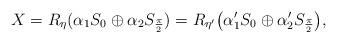
LaTeX: \begin{align*}X=R_{\eta}(\alpha_1 S_0\oplus\alpha_2 S_\frac{\pi} {2})=R_{\eta'}\bigl(\alpha'_1 S_0\oplus\alpha'_2S_\frac{\pi} {2}\bigr),\end{align*}